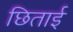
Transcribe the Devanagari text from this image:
छिताई